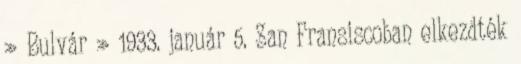
» Bulvár » 1933. január 5. San Fransiscoban elkezdték